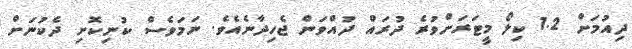
ދިއުމަށް 1.2 ކިލޯ މީޓަރަށްވުރެ ދުރައް ދުއްވަން ޖެހިދާނެއެވެ. ނަމަވެސް ކުނިކޮށި ދެކުނަށް